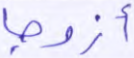
أزواجا